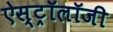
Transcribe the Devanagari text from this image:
ऐस्ट्रॉलॉजी